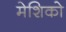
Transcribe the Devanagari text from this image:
मेशिको